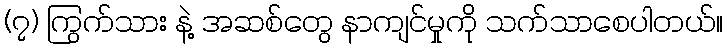
(၇) ကြွက်သား နဲ့ အဆစ်တွေ နာကျင်မှုကို သက်သာစေပါတယ်။